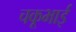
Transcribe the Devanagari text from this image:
चकूभाई